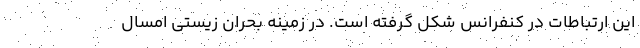
این ارتباطات در کنفرانس شکل گرفته است. در زمینه بحران زیستی امسال